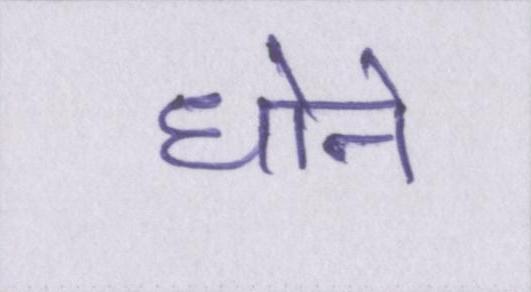
धोने